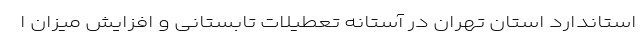
استاندارد استان تهران در آستانه تعطیلات تابستانی و افزایش میزان ا